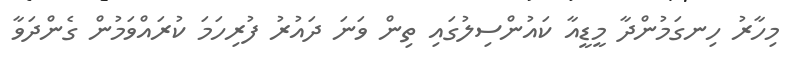
މިހާރު ހިނގަމުންދާ މީޑީއާ ކައުންސިލުގައި ތިން ވަނަ ދައުރު ފުރިހަމަ ކުރައްވަމުން ގެންދަވާ